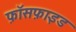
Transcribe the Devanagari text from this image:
फ़ॉसफ़ाइड